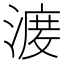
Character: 𱨝